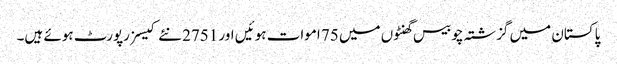
پاکستان میں گزشتہ چوبیس گھنٹوں میں 75 اموات ہوئیں اور 2751 نئے کیسز رپورٹ ہوئے ہیں۔